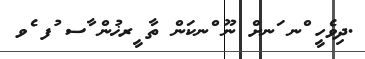
.ދިވެހީ ްނ ަނށް ނޫ ްނކަން ތާ ީރޚުން ާސ ުފ ެވ